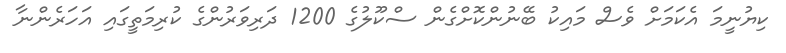
ކިޔުނީމަ އެކަމަށް ވެސް މައިކު ބޭނުންކޮށްގެން ސްކޫލުގެ 1200 ދަރިވަރުންގެ ކުރިމަތީގައި އަހަރެންނާ